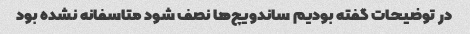
در توضیحات گفته بودیم ساندویچ‌ها نصف شود متاسفانه نشده بود